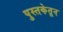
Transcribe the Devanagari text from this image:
पुस्तकेतून